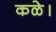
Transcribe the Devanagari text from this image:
कळे।